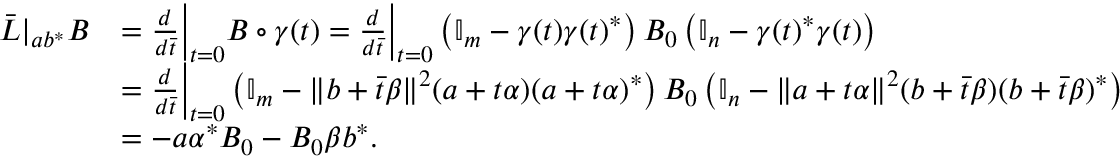
\begin{array} { r l } { \Bar L | _ { a b ^ { \ast } } B } & { = \frac { d } { d \Bar t } \Big | _ { t = 0 } B \circ \gamma ( t ) = \frac { d } { d \Bar t } \Big | _ { t = 0 } \left( \mathbb { I } _ { m } - \gamma ( t ) \gamma ( t ) ^ { \ast } \right) B _ { 0 } \left( \mathbb { I } _ { n } - \gamma ( t ) ^ { \ast } \gamma ( t ) \right) } \\ & { = \frac { d } { d \Bar t } \Big | _ { t = 0 } \left( \mathbb { I } _ { m } - \lVert b + \Bar t \beta \rVert ^ { 2 } ( a + t \alpha ) ( a + t \alpha ) ^ { \ast } \right) B _ { 0 } \left( \mathbb { I } _ { n } - \lVert a + t \alpha \rVert ^ { 2 } ( b + \Bar t \beta ) ( b + \Bar t \beta ) ^ { \ast } \right) } \\ & { = - a \alpha ^ { \ast } B _ { 0 } - B _ { 0 } \beta b ^ { \ast } . } \end{array}